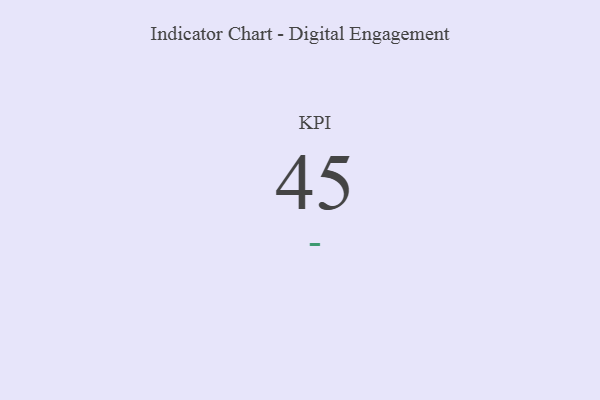
{"axis": {"x": "KPI", "y": "Value"}, "legend": [""], "data": [{"x": "KPI", "y": 45, "type": ""}]}